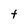
Character: F